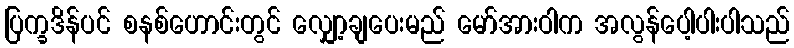
ပြက္ခဒိန်ပင် စနစ်ဟောင်းတွင် လျှော့ချပေးမည် မော်အားဝါက အလွန်ပေါ့ပါးပါသည်